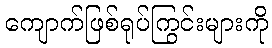
ကျောက်ဖြစ်ရုပ်ကြွင်းများကို